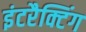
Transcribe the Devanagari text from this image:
इंटरैक्टिंग